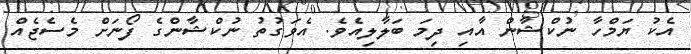
އެކު ޔަމްހާ ނުކްޝާން އާއި ދިމަ ބަލާލިއެވެ. އެވަގުތު ނުކްޝާންގެ ފޯނަށް މެސެޖެއް